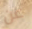
عن